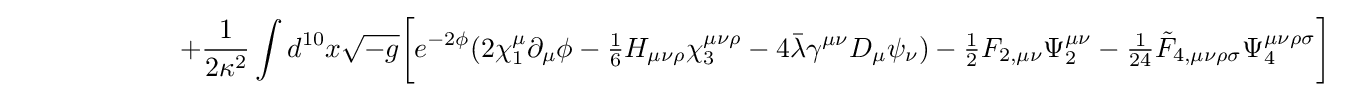
\ \ \ \ \ \ \ \ \ \ \ \ \ \ \ \ \ \ +{\frac {1}{2\kappa ^{2}}}\int d^{10}x{\sqrt {-g}}{\bigg [}e^{-2\phi }(2\chi _{1}^{\mu }\partial _{\mu }\phi -{\tfrac {1}{6}}H_{\mu \nu \rho }\chi _{3}^{\mu \nu \rho }-4{\bar {\lambda }}\gamma ^{\mu \nu }D_{\mu }\psi _{\nu })-{\tfrac {1}{2}}F_{2,\mu \nu }\Psi _{2}^{\mu \nu }-{\tfrac {1}{24}}{\tilde {F}}_{4,\mu \nu \rho \sigma }\Psi _{4}^{\mu \nu \rho \sigma }{\bigg ]}